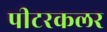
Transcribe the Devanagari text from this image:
पीटरकलर